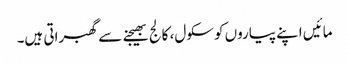
مائیں اپنے پیاروں کو سکول، کالج بھیجنے سے گھبراتی ہیں۔